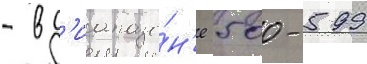
- в д'иапазо́н'е 500-599